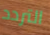
التردد